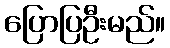
ပြောပြဦးမည်။